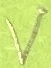
Text: V